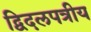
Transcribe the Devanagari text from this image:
द्विदलपत्रीय